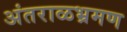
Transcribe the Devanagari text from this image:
अंतराळभ्रमण